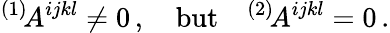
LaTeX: {}^{(1)}\! A^{ijkl}\ne 0\, ,\quad\mathrm{but}\quad{}^{(2)}\! A^{ijkl}=0\, .